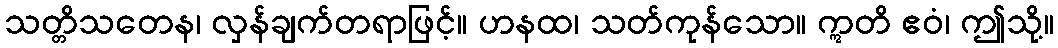
သတ္တိသတေန၊ လှန်ချက်တရာဖြင့်။ ဟနထ၊ သတ်ကုန်သော။ ဣတိ ဧဝံ၊ ဤသို့။